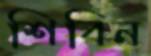
শিবিন